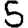
Digit: 5